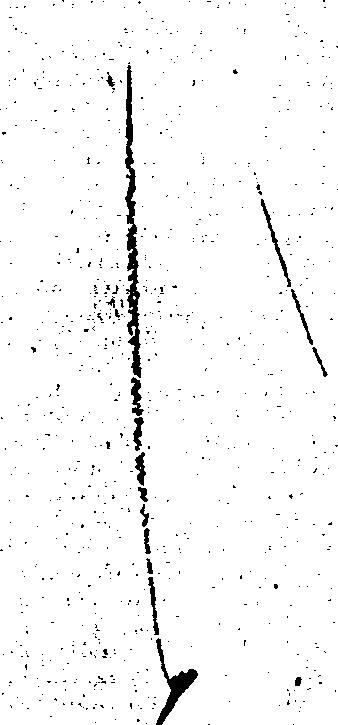
し